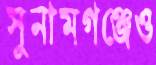
সুনামগঞ্জেও